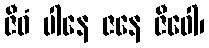
ဇီဝံ ပါနေ ဇနေ ဇီဝေါ၊